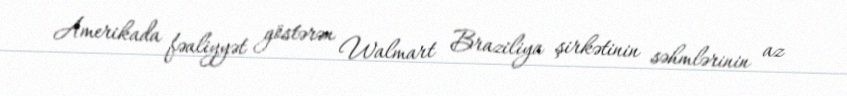
Amerikada fəaliyyət göstərən Walmart Braziliya şirkətinin səhmlərinin az